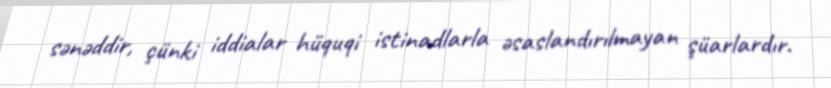
sənəddir, çünki iddialar hüquqi istinadlarla əsaslandırılmayan şüarlardır.